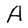
Character: A